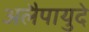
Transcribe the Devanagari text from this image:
अलैपायुदे